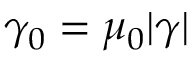
\gamma _ { 0 } = \mu _ { 0 } | \gamma |